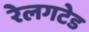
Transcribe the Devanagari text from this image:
रेलगटेड